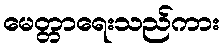
မေတ္တာရေးသည်ကား